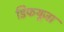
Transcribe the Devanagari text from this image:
डिफयूजा